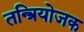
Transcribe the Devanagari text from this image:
तन्त्रियोजक